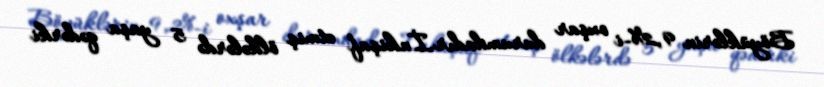
Böyüklərin 9,2%-i oxşar durumdadır.İnkişaf etmiş ölkələrdə 5 yaşa qədərki